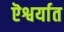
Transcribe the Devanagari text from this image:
ऎश्वर्यात